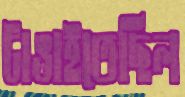
টাঙাইতেছিল